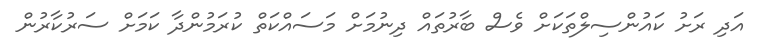
އަދި ރަށު ކައުންސިލްތަކަށް ވެސް ބާރުތައް ދިނުމަށް މަސައްކަތް ކުރަމުންދާ ކަމަށް ސަރުކާރުން